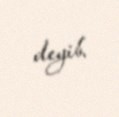
deyib.